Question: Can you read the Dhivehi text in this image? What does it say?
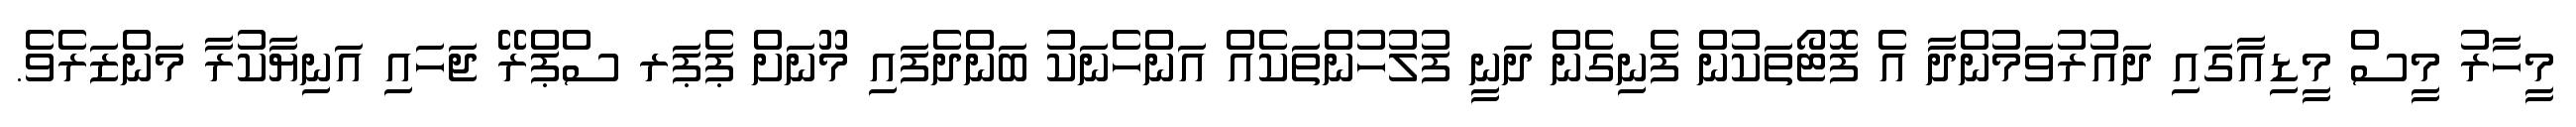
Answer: މީހާރު މީސް މީޑިއާގައި ދައުރުވަމުންދާ އެ ފޮޓޯތަކުން ފެނިގެން ދަނީ ފުލުހުންތަކެއް އަންހެނަކު ބަންދެފައި މޫނަށް ޕެޕަރ ސްޕްރޭ ޖަހައި އަނިޔާކުރާ މަންޒަރެވެ.